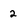
Character: 2